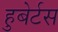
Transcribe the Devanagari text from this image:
हुबेर्टस